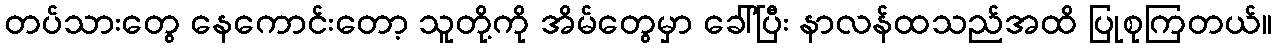
တပ်သားတွေ နေကောင်းတော့ သူတို့ကို အိမ်တွေမှာ ခေါ်ပြီး နာလန်ထသည်အထိ ပြုစုကြတယ်။